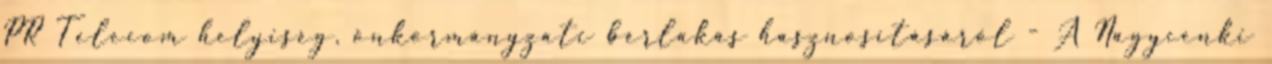
PR Telecom helyiség, önkormányzati bérlakás hasznosításáról - A Nagycenki